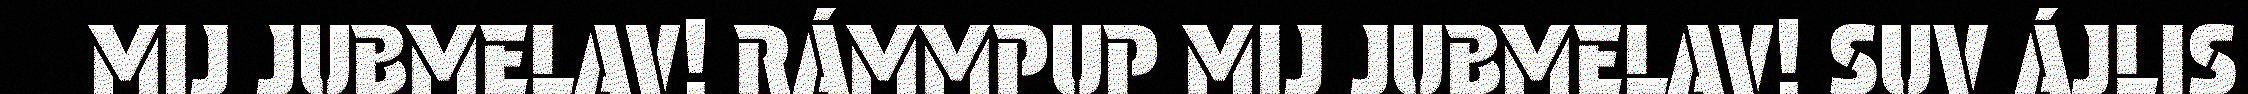
MIJ JUBMELAV! RÁMMPUP MIJ JUBMELAV! SUV ÁJLIS